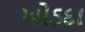
ખોડદા